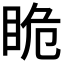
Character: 𭾯